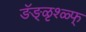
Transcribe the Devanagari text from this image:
ङॅङ्ळृश्ळ्फ्